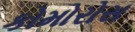
કોમોરોસ